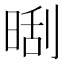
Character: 𣈛